Annual report on the working of the mental hospitals in the Madras Presidency - 1912-1932
Year: 1912
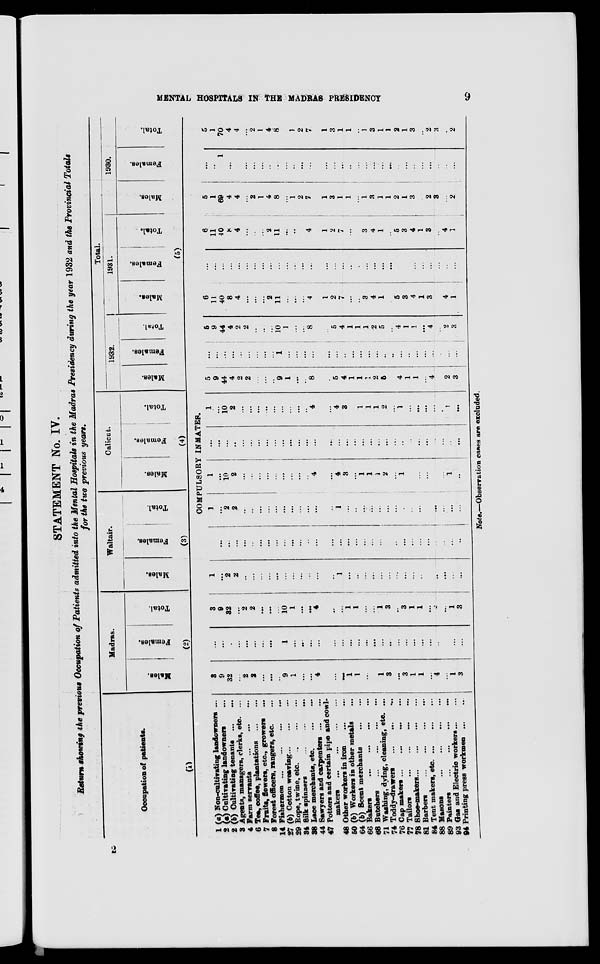
MENTAL HOSPITALS IN THE MADRAS
PRESIDENCY
9
STATEMENT No. IV.
Return showing the previous Occupation of Patients admitted into the Mental Hospitals in the Madras Presidency during the year 1932 and the Provincial Totals
for the two previous years.
Occupation of patients.
(1)
1
2
2
3
4
6
7
8
14
27
29
34
38
44
47
48
50
64
66
68
71
74
76
77
78
81
84
88
89
93
94
(a) Non-cultivating landowners ...
(a) Cultivating landowners ...
(b) Cultivating tenants
...
...
Agents, managers, clerks, etc. ...
Farm servants
...
...
...
Tea, coffee, plantations
...
...
Fruits, flowers, etc., growers ...
Forest officers, rangers, etc. ...
Fishermen ...
...
...
...
(b) Cotton weaving
...
...
...
Rope, twine, etc.
...
...
...
Silk spinners
...
...
...
Lace merchants, etc.
...
...
Sawyers and carpenters ... ...
Potters and certain pipe and cowl-
makers
...
...
...
Other workers in iron
...
...
(b) Workers in other metals ...
(b) Scent merchants
...
...
Bakers
...
...
...
...
Butchers
...
...
...
...
Washing, dying, cleaning, etc. ...
Toddy-drawers ... ... ... ... ...
Cap makers ...
...
...
...
Tailors ... ... ... ...
Shoe-makers ...
...
...
...
Barbers
...
...
...
...
Tent makers, etc. ...
...
...
Masons ... ... ... ...
Painters
...
...
...
...
Gas and Electric workers ... ...
Printing press workmen ... ...
Madras.
Males.
Females.
Total.
(2)
Waltair.
Males.
Females.
Total.
(3)
Calicut.
Males.
Females.
Total.
(4)
Total.
1932.
Males.
Females.
Total.
1931.
Males.
Females.
Total.
1930.
Males.
Females.
Total.
(5)
COMPULSORY INMATES.
3
9
32
...
2
2
...
...
...
9
1
...
...
4
...
...
1
1
...
...
1
3
...
3
1
1
...
4
...
1
3
...
...
...
...
...
...
...
...
...
1
...
...
...
...
...
...
...
...
...
...
...
...
...
...
...
...
...
...
...
...
...
3
9
32
...
2
2
...
...
...
10
1
...
...
4
...
...
1
1
...
...
1
3
...
3
1
1
...
4
...
1
3
1
...
2
2
..
...
...
...
...
...
...
...
...
...
...
1
...
...
...
...
...
...
...
...
...
...
...
...
...
...
...
...
...
...
...
...
...
...
...
...
...
...
...
...
...
...
...
...
...
...
...
...
...
...
...
...
...
...
...
...
...
...
1
...
2
2
...
...
...
...
...
...
...
...
...
...
...
1
...
...
...
...
...
...
...
...
...
...
...
...
...
...
...
1
...
10
2
...
...
...
...
...
...
...
...
...
4
...
4
3
...
1
1
1
2
...
1
...
...
...
...
...
1
...
...
...
...
...
...
...
...
...
...
...
...
...
...
...
...
...
...
...
...
...
...
...
...
..
...
...
...
...
...
...
...
1
...
10
2
...
...
...
...
...
...
...
...
...
4
...
4
3
...
1
1
1
2
...
1
...
...
...
...
...
1
...
5
9
44
4
2
2
...
...
...
9
1
...
...
8
...
5
4
1
1
1
2
5
...
4
1
1
...
4
...
2
3
...
...
...
...
...
...
...
...
...
1
...
...
...
...
...
...
...
...
...
...
...
...
...
...
...
...
...
...
...
...
...
5
9
44
4
2
2
...
...
...
10
1
...
...
8
...
5
4
1
1
1
2
5
...
4
1
1
...
4
...
2
3
6
11
40
8
4
...
...
...
2
11
...
...
...
4
1
2
7
...
...
3
4
1
...
5
3
4
1
3
...
4
1
...
...
...
...
...
...
...
...
...
...
...
...
...
...
...
...
...
...
...
...
...
...
...
...
...
...
...
...
...
...
...
6
11
40
8
4
...
...
...
2
11
...
...
4
1
2
7
...
...
3
4
1
...
5
3
4
1
3
...
4
1
5
1
69
4
4
...
2
1
4
8
...
1
2
7
1
3
1
1
...
1
3
1
...
2
1
3
...
2
3
...
2
...
...
1
...
...
...
...
...
...
...
...
...
...
...
...
...
...
...
...
...
...
...
...
...
...
...
...
...
...
...
...
5
1
70
4
4
...
2
1
4
8
...
1
2
7
1
3
1
1
...
1
3
1
1
2
1
3
...
2
3
...
2
Note.—Observation cases are excluded.
2